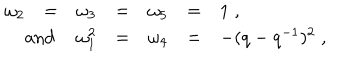
\begin{array} { r l l l l l l } { { \omega _ { 2 } } } & { { = } } & { { \omega _ { 3 } } } & { { = } } & { { \omega _ { 5 } } } & { { = } } & { { 1 \; , } } \\ { { \mathrm { a n d } \hspace { 1 0 m m } } } & { { } } & { { \omega _ { 1 } ^ { 2 } } } & { { = } } & { { \omega _ { 4 } } } & { { = } } & { { - ( q - q ^ { - 1 } ) ^ { 2 } \; , } } \\ \end{array}